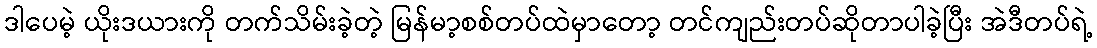
ဒါပေမဲ့ ယိုးဒယားကို တက်သိမ်းခဲ့တဲ့ မြန်မာ့စစ်တပ်ထဲမှာတော့ တင်ကျည်းတပ်ဆိုတာပါခဲ့ပြီး အဲဒီတပ်ရဲ့